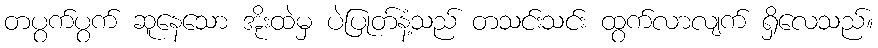
တပွက်ပွက် ဆူနေသော အိုးထဲမှ ပဲပြုတ်နံ့သည် တသင်းသင်း ထွက်လာလျက် ရှိလေသည်။